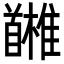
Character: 𩠳